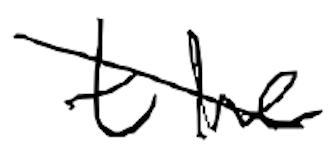
Text: the
Cross-out: diagonal
Writing tool: digital_black